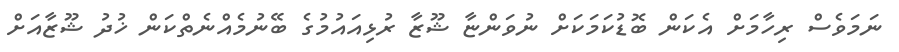
ނަމަވެސް ރިހާމަށް އެކަން ބޮޑުކަމަކަށް ނުވަންޏާ ޝޫޒާ ރުޅިއައުމުގެ ބޭނުމެއްނެތްކަން ޚުދު ޝޫޒާއަށް